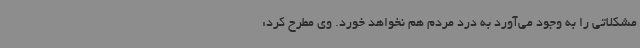
مشکلاتی را به وجود می‌آورد به درد مردم هم نخواهد خورد. وی مطرح کرد: